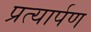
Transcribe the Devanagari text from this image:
प्रत्‍यार्पण